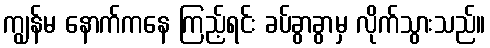
ကျွန်မ နောက်ကနေ ကြည့်ရင်း ခပ်ခွာခွာမှ လိုက်သွားသည်။